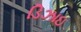
ડિઝાઇ